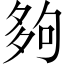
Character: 夠